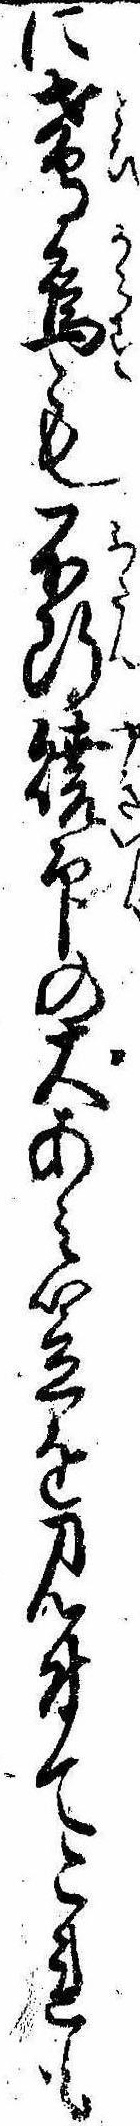
に鳶烏も不断焼印の大あみ笠を見付てこれも